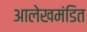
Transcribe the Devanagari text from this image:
आलेखमंडित